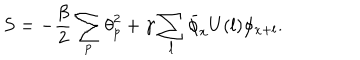
LaTeX: S = - \frac { \beta } { 2 } \sum _ { p } { \theta } _ { p } ^ { 2 } + \gamma \sum _ { l } \bar { \phi } _ { x } U ( l ) \phi _ { x + l } .